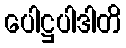
ပေါဋ္ဌပါဒါတိ